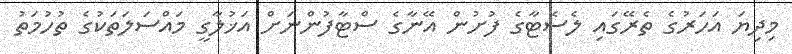
މިދިޔަ އަހަރުގެ ތެރޭގައި ލެސެޓާގެ ފުށުން އޭނާގެ ސްޓާފުންނަށް އަޚުލާގީ މައްސަލަތަކުގެ ތުހުމަތު